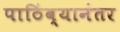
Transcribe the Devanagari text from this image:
पाठिंब्यानंतर